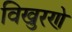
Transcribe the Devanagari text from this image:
विखुरणे